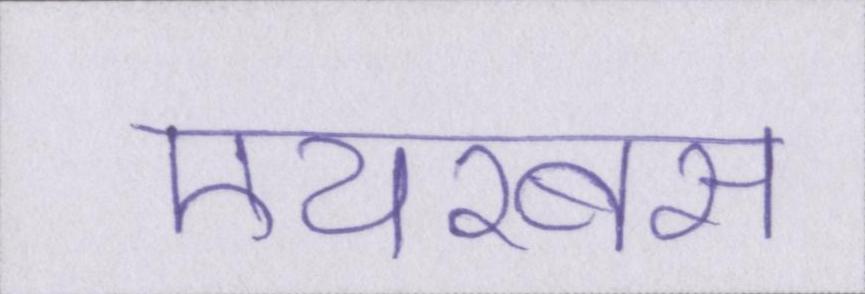
एयरबस